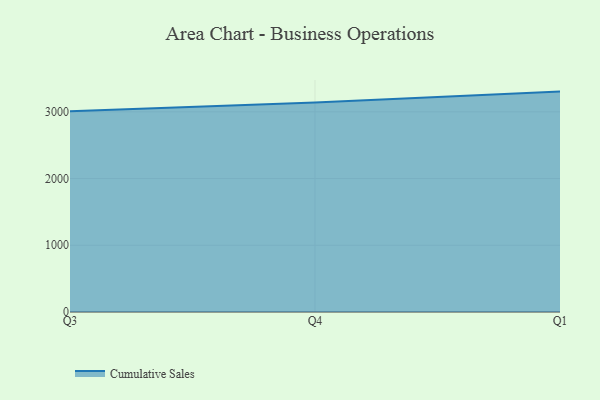
{"axis": {"x": "Quarter", "y": "Active Users"}, "legend": ["Cumulative Sales"], "data": [{"x": "Q3", "y": 3008.0, "type": "Cumulative Sales"}, {"x": "Q4", "y": 3138.6, "type": "Cumulative Sales"}, {"x": "Q1", "y": 3302.9, "type": "Cumulative Sales"}]}